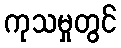
ကုသမှုတွင်